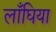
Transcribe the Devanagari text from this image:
लाँघिया